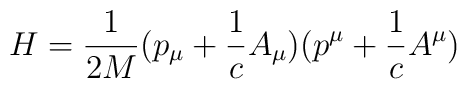
H=\frac{1}{2M}(p_{\mu}+\frac{1}{c}A_{\mu})(p^{\mu}+\frac{1}{c}A^{\mu})